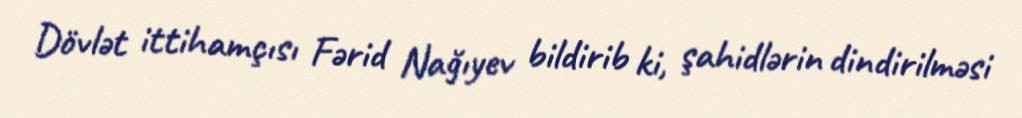
Dövlət ittihamçısı Fərid Nağıyev bildirib ki, şahidlərin dindirilməsi